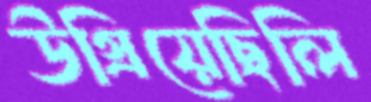
উগ্‌রিয়েছিলি